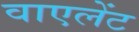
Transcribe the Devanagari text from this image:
वाएलेंट